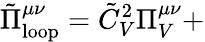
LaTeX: \tilde{\Pi}_{\mathrm{loop}}^{\mu\nu}=\tilde{C}_{V}^{2}\Pi_{V}^{\mu\nu}+